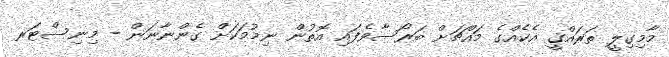
މާމިގިލީ ތަރައްޤީ އެކެއްގެ މައްޗަށް ބަރޯސާވެފައި އޮތުން ނިމުމަކަށް ގެންނާނަން - މިނިސްޓަރ